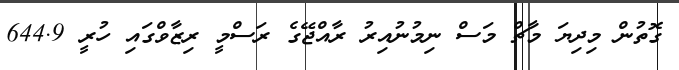
ގޮތުން މިދިޔަ މާޗް މަސް ނިމުނުއިރު ރާއްޖޭގެ ރަސްމީ ރިޒާވްގައި ހުރީ 644.9